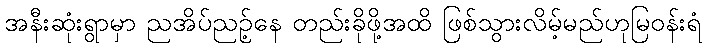
အနီးဆုံးရွာမှာ ညအိပ်ညဉ့်နေ တည်းခိုဖို့အထိ ဖြစ်သွားလိမ့်မည်ဟုမြဝန်းရံ